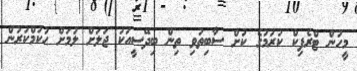
މީހުން ޓްރެފިކް ކުރުމުގެ ކުށް ސާބިތުވި ތިން ބިދޭސީއަކު ޖަލަށް ލުމަށް ޙުކުމްކުރުން